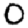
Digit: 0